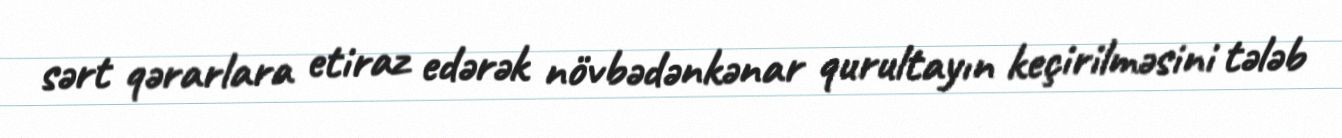
sərt qərarlara etiraz edərək növbədənkənar qurultayın keçirilməsini tələb